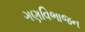
ગણવિભાજન